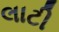
લાટી